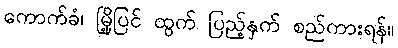
ကောက်ခံ၊ မြို့ပြင် ထွက် ပြည့်နှက် စည်ကားရန်။